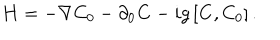
{ \bf H } = - \nabla C _ { 0 } - \partial _ { 0 } { \bf C } - i g \left[ { \bf C } , C _ { 0 } \right] .